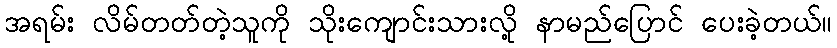
အရမ်း လိမ်တတ်တဲ့သူကို သိုးကျောင်းသားလို့ နာမည်ပြောင် ပေးခဲ့တယ်။